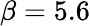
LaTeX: \beta=5.6